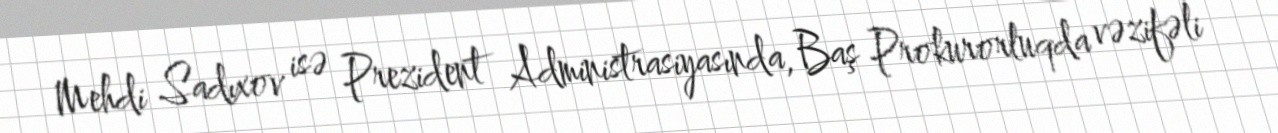
Mehdi Sadıxov isə Prezident Administrasiyasında, Baş Prokurorluqda vəzifəli